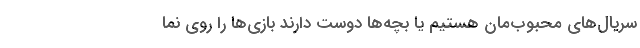
سریال‌های محبوب‌مان هستیم یا بچه‌ها دوست دارند بازی‌ها را روی نما